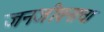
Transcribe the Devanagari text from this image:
जनजीवनाचा